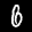
Label: 6